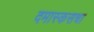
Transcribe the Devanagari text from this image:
दमास्कसचा